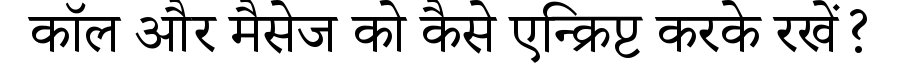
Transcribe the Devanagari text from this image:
कॉल और मैसेज को कैसे एन्क्रिप्ट करके रखें?